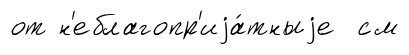
от н'еблагопр'иjа́тныjе см